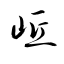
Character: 岻